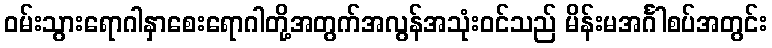
ဝမ်းသွားရောဂါနှာစေးရောဂါတို့အတွက်အလွန်အသုံးဝင်သည် မိန်းမအင်္ဂါစပ်အတွင်း